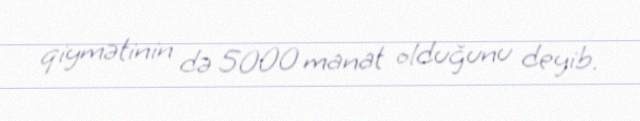
qiymətinin də 5000 manat olduğunu deyib.